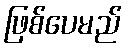
ဖြစ်ပေမည်